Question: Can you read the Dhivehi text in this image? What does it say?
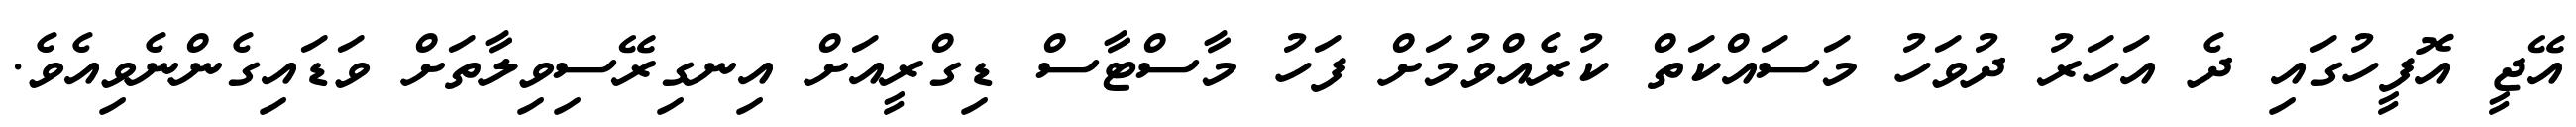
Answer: އޭޖީ އޮފީހުގައި ދެ އަހަރު ދުވަހު މަސައްކަތް ކުރެއްވުމަށް ފަހު މާސްޓާސް ޑިގްރީއަށް އިނގިރޭސިވިލާތަށް ވަޑައިގެންނެވިއެވެ.